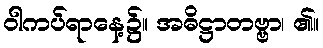
ဝါကပ်ရာနေ့၌။ အဓိဋ္ဌာတဗ္ဗာ၊ ၏။